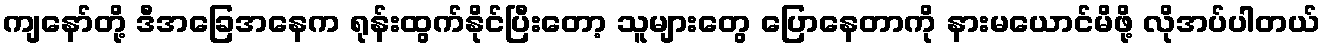
ကျနော်တို့ ဒီအခြေအနေက ရုန်းထွက်နိုင်ပြီးတော့ သူများတွေ ပြောနေတာကို နားမယောင်မိဖို့ လိုအပ်ပါတယ်